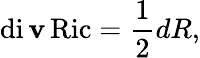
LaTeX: \operatorname{di\mathbf{v}}\operatorname{Ric}={\frac{{1}}{{2}}}dR,